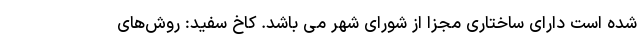
شده است دارای ساختاری مجزا از شورای شهر می باشد. کاخ‌ سفید: روش‌های